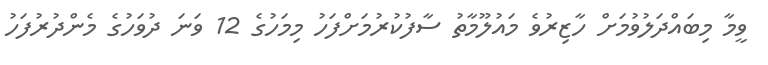
ވީމާ މިބައްދަލުވުމަށް ހާޒިރުވެ މައުލޫމާތު ސާފުކުރުމަށްފަހު މިމަހުގެ 12 ވަނަ ދުވަހުގެ މެންދުރުފަހު